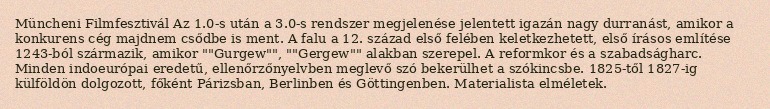
Müncheni Filmfesztivál Az 1.0-s után a 3.0-s rendszer megjelenése jelentett igazán nagy durranást, amikor a konkurens cég majdnem csődbe is ment. A falu a 12. század első felében keletkezhetett, első írásos említése 1243-ból származik, amikor ""Gurgew"", ""Gergew"" alakban szerepel. A reformkor és a szabadságharc. Minden indoeurópai eredetű, ellenőrzőnyelvben meglevő szó bekerülhet a szókincsbe. 1825-től 1827-ig külföldön dolgozott, főként Párizsban, Berlinben és Göttingenben. Materialista elméletek.